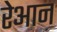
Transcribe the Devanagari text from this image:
रेआन